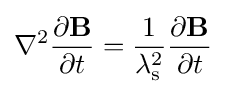
\nabla ^{2}{\frac {\partial \mathbf {B} }{\partial t}}={\frac {1}{\lambda _{\rm {s}}^{2}}}{\frac {\partial \mathbf {B} }{\partial t}}